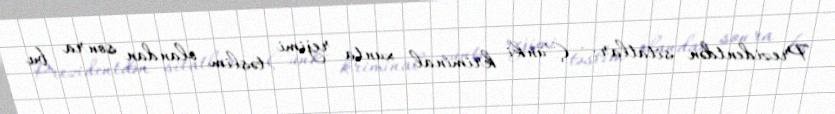
Prezidentdən sitatlar: - Çünki kriminal xunta rejimi təslim olandan sonra bu